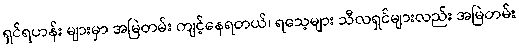
ရှင်ရဟန်း များမှာ အမြဲတမ်း ကျင့်နေရတယ်၊ ရသေ့များ သီလရှင်များလည်း အမြဲတမ်း